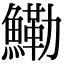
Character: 鰳